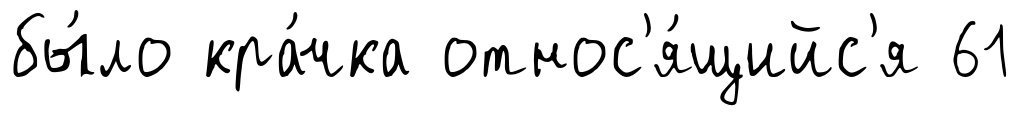
бы́ло кра́чка относ'я́щийс'я 61